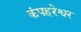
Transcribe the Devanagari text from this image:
कंपहरेश्वर